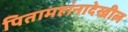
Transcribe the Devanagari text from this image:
पितामहांनादेखील